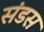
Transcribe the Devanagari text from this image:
संडस